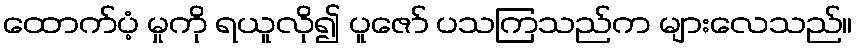
ထောက်ပံ့ မှုကို ရယူလို၍ ပူဇော် ပသကြသည်က များလေသည်။